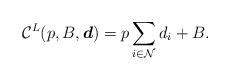
LaTeX: \begin{align*}\mathcal{C}^L(p,B,\boldsymbol{d})=p\sum_{i \in \mathcal {N}}d_i+B. \end{align*}